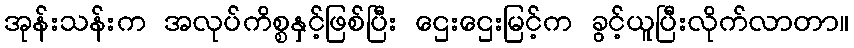
အုန်းသန်းက အလုပ်ကိစ္စနှင့်ဖြစ်ပြီး ဌေးဌေးမြင့်က ခွင့်ယူပြီးလိုက်လာတာ။